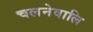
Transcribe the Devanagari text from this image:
चलनेवालि